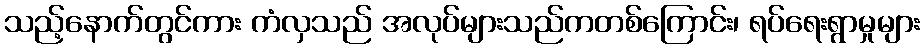
သည့်နောက်တွင်ကား ကံလှသည် အလုပ်များသည်ကတစ်ကြောင်း၊ ရပ်ရေးရွာမှုများ